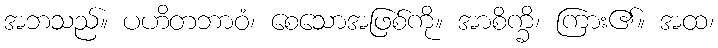
အဘသည်။ ပဟိတဘာဝံ၊ စေသောအဖြစ်ကို။ အာစိက္ခိ၊ ကြား၏။ အထ၊